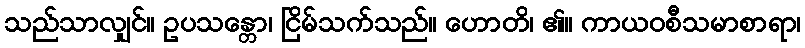
သည်သာလျှင်။ ဥပသန္တော၊ ငြိမ်သက်သည်။ ဟောတိ၊ ၏။ ကာယဝစီသမာစာရာ၊